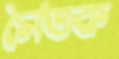
সৈতক